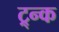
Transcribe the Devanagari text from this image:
ट्र्न्क